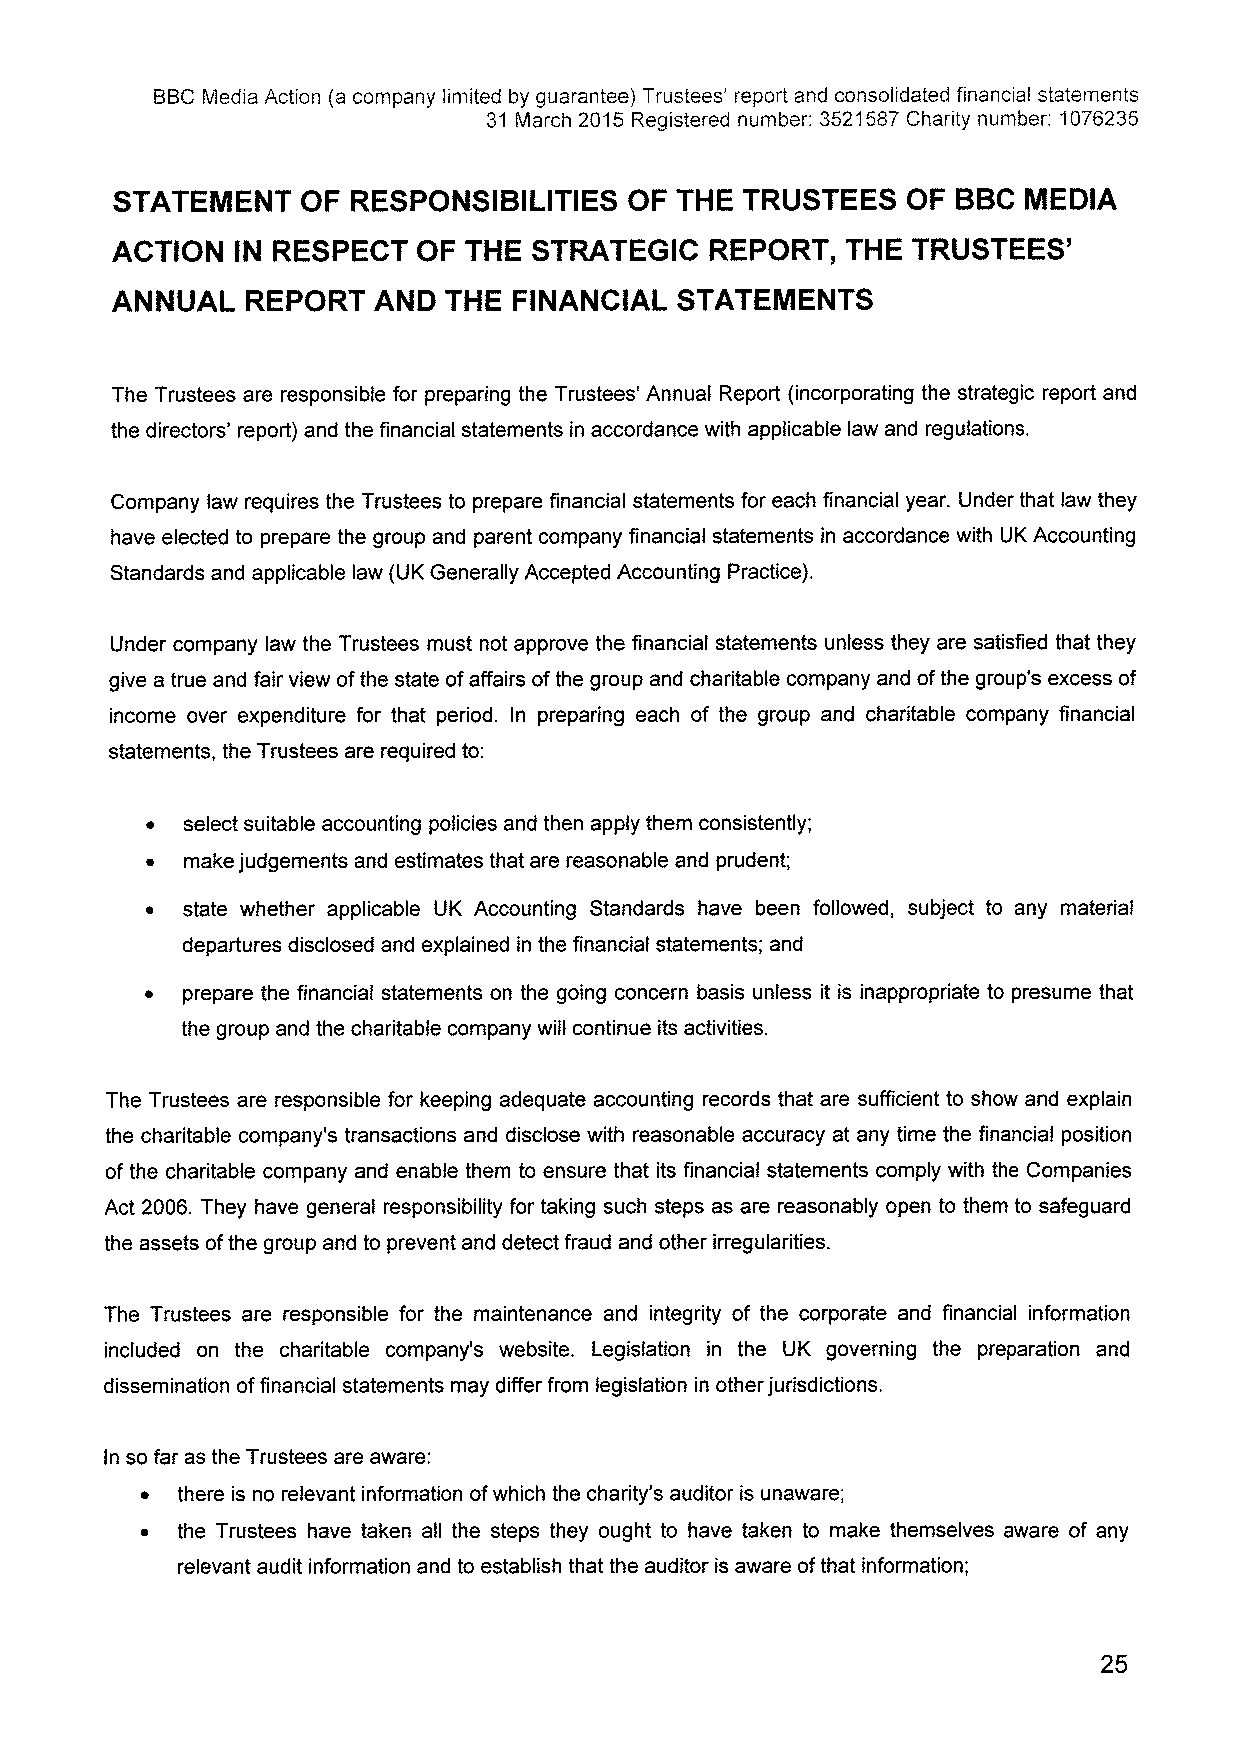
BBCMedia Action (a company limited by guarantee) Trustees' report and consolidated financial statements
 31 March 2015Registered number: 3521587Charity number: 1076235
 STATEMENT    OF RESPONSIBILITIES   OF THE TRUSTEES   OF BBCMEDIA
 ACTION   IN RESPECT  OF THE STRATEGIC   REPORT,  THE TRUSTEES'
 ANNUAL   REPORT   AND THE  FINANCIAL  STATEMENTS
 The Trustees are responsible for preparing the Trustees' Annual Report (incorporating the strategic report and
 the directors' report) and the financial statements in accordance with applicable law and regulations.
 Company law requires the Trustees to prepare financial statements for each financial year. Under that law they
 have elected to prepare the group and parent company financial statements in accordance with UK Accounting
 Standards and applicable law (UK Generally Accepted Accounting Practice).
 Under company law the Trustees must not approve the financial statements unless they are satisfied that they
 give a true and fair view ofthe state ofaffairs ofthe group and charitable company and ofthe group's excess of
 income over expenditure for that period. In preparing each of the group and charitable company financial
 statements, the Trustees are required to:
 ~ select suitable accounting policies and then apply them consistently;
 ~ make judgements and estimates that are reasonable and prudent;
 ~ state whether applicable UK Accounting Standards have been followed, subject to any material
 departures disclosed and explained in the financial statements; and
 ~ prepare the financial statements on the going concern basis unless it is inappropriate to presume that
 the group and the charitable company will continue its activities.
 The Trustees are responsible for keeping adequate accounting records that are sufficient to show and explain
 the charitable company's transactions and disclose with reasonable accuracy at any time the financial position
 of the charitable company and enable them to ensure that its financial statements comply with the Companies
 Act 2006. They have general responsibility for taking such steps as are reasonably open to them to safeguard
 the assets ofthe group and to prevent and detect fraud and other irregularities.
 The Trustees are responsible for the maintenance and integrity of the corporate and financial information
 included on the charitable company's website. Legislation in the UK governing the preparation and
 dissemination offinancial statements may differ from legislation in other jurisdictions.
 In so far as the Trustees are aware:
 ~  there is no relevant information ofwhich the charity's auditor is unaware;
 ~  the Trustees have taken all the steps they ought to have taken to make themselves aware of any
 relevant audit information and to establish that the auditor is aware ofthat information;
 25